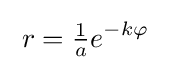
\;r={\tfrac {1}{a}}e^{-k\varphi }\;